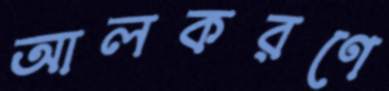
আলকরণে